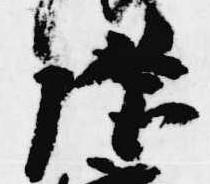
座